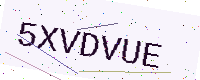
Text: 5XVDVUE